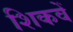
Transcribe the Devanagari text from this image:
शिकवें